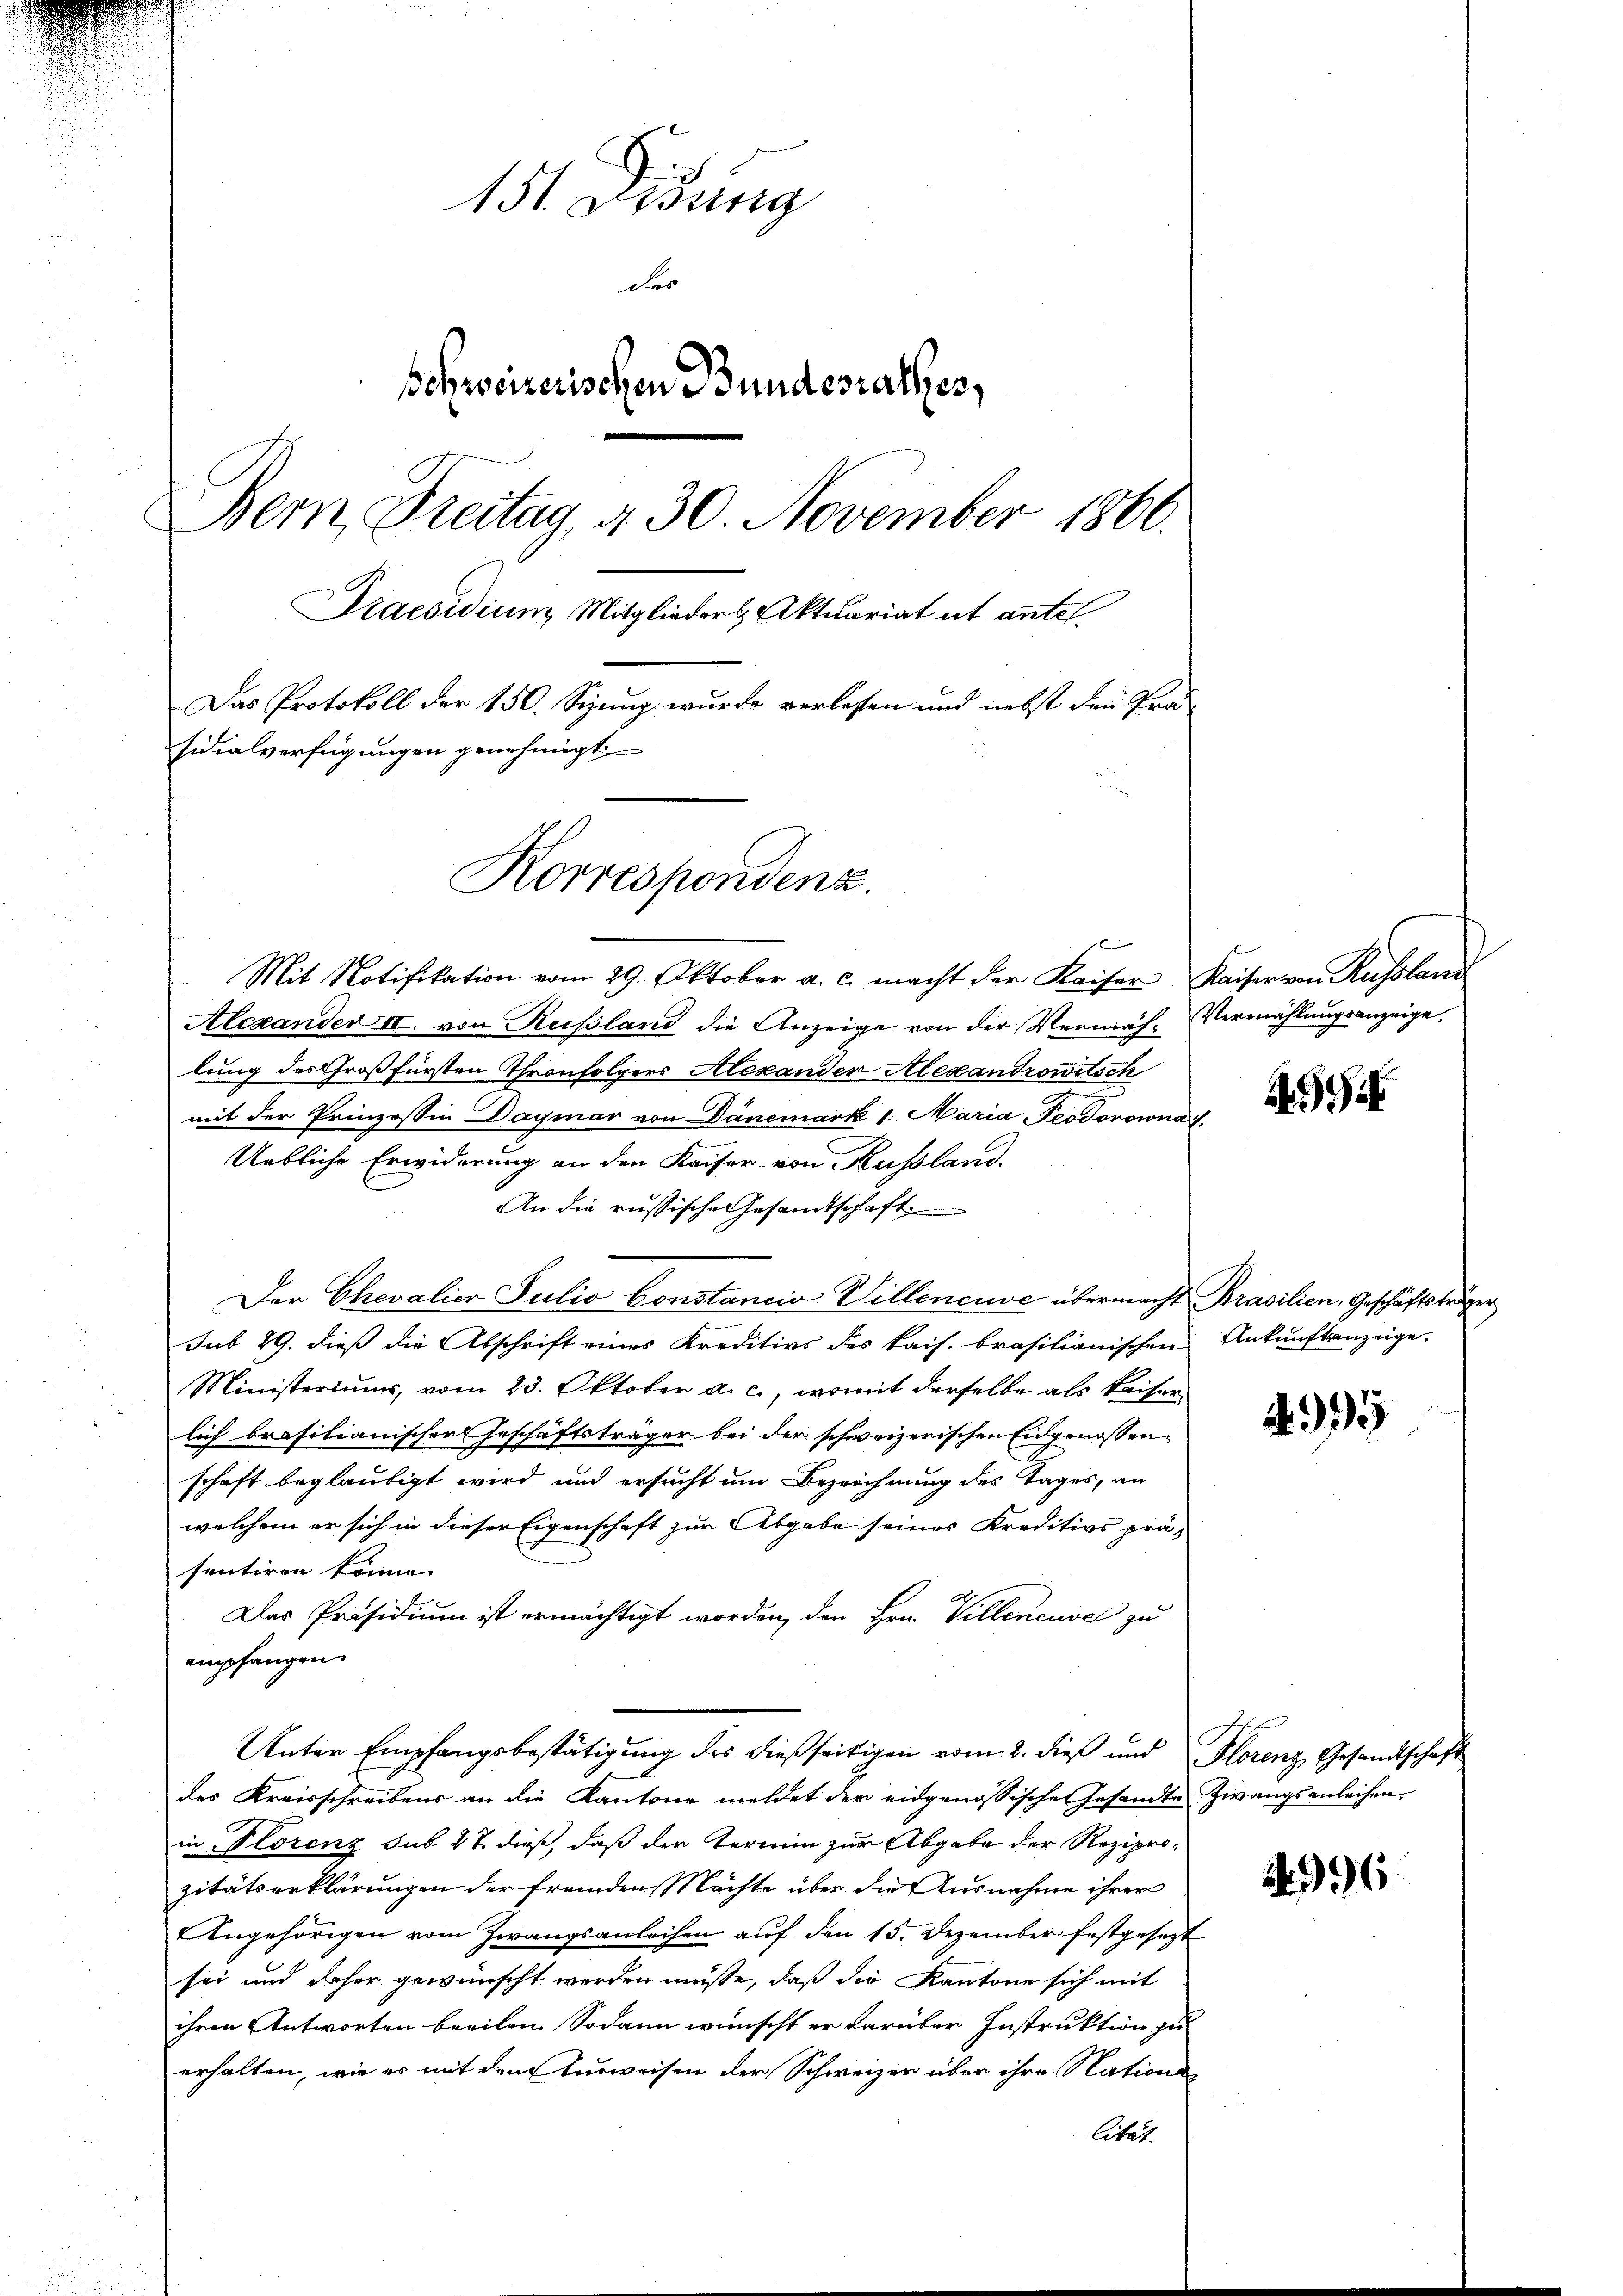
x
151. Lesung
der
schweizerischen Bundesrathes,
Bern, Freitag, d. 30. November 1860.
Praesidium Mitglieder Aktuariat ut antel.
Das Protokoll der 150. Sizung wurde verlassen und nebst den Prä-
sidialverfügungen genehmigt.
Korrespondenz.

Alexander II. von Russland die Anzeige von der Vermäh- Vermählungsanzeige.
lung des Großfürsten Thronfolgers Alexanden Alexandrowitsch
mit der Prinzessin Daquar von Danemark 1. Maria-Teodorowna u.
Uebliche Erwiderung an den Kaiser von Rußland.
An die russische Gesandtschaft
Der Chevalier Julio Constancia Villeneuve übermacht Brasilien, Geschäftsträger
sub 29. dieß die Abschrift eines Kreditivs des kais. brasilianischen Ankunftsanzeige,
Ministeriums, vom 23. Oktober a. c., womit derselbe als Kaiser
lich brasilianischer Geschäftsträger bei der schweizerischen Eidgenossen-
schaft beglaubigt wird und ersucht um Bezeichnung des Tages, an
welchem er sich in dieser Eigenschaft zur Abgabe seines Kreditivs prä-
sentiren könne.
Das Präsidium ist ermächtigt worden, den Hrn. Villeneuvel zu
empfangen.
Unter Empfangsbestätigung des dießseitigen vom 2. dieß und Florenz Gesandtschaft
des Kreisschreibens an die Kantone meldet der eidgenössische Gesandte Zwangsanleihen.
in Florenz sub 27. dieß, daß der Termin zur Abgabe der Reziprozitätserklärungen der fremden Mächte über die Ausnahme ihrer
Angehörigen vom Zwangsanleihen auf den 15. Dezember festgesezt
sei und daher gewünscht werden müße, daß die Kantone sich mit
ihren Antworten beeilen. Sodann wünscht er darüber Instruktion zu
erhalten, wie es mit dem Ausweisen der Schweizer über ihre Nationslität.

Mit Notifikation vom 29. Oktober a. c. macht der Kaiser Kaiser von Russland

9

95

996